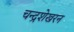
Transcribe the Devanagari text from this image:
चन्‍द्रशेखरन